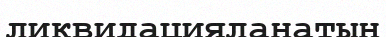
ликвидацияланатын